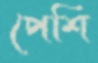
পেশি